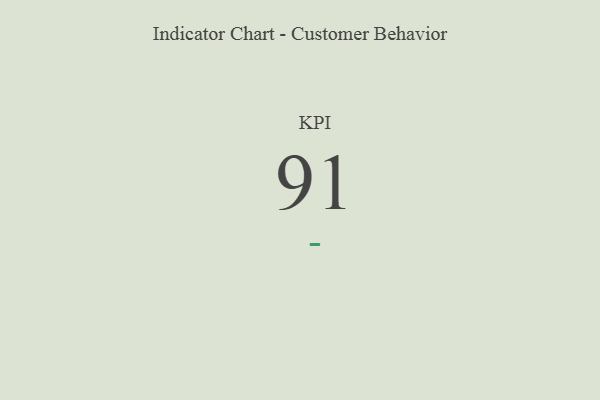
{"axis": {"x": "KPI", "y": "Value"}, "legend": [""], "data": [{"x": "KPI", "y": 91, "type": ""}]}